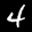
Label: 4